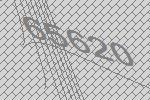
65620